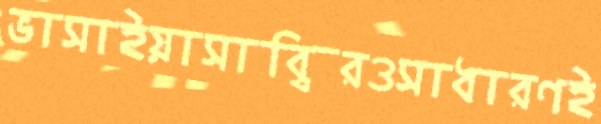
ভাসাইয়াসাব্বিরওসাধারণই